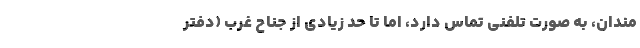
مندان، به صورت تلفنی تماس دارد، اما تا حد زیادی از جناح غرب (دفتر